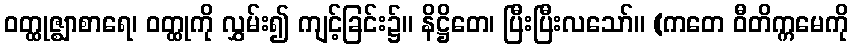
ဝတ္ထုဇ္ဈာစာရေ၊ ဝတ္ထုကို လွှမ်း၍ ကျင့်ခြင်း၌။ နိဋ္ဌိတေ၊ ပြီးပြီးလသော်။ (ကတေ ဝီတိက္ကမေကို